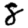
Digit: 8